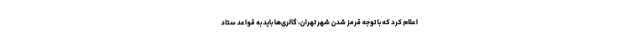
اعلام کرد که با توجه قرمز شدن شهر تهران، گالری‌ها باید به قواعد ستاد